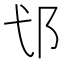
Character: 𮟪